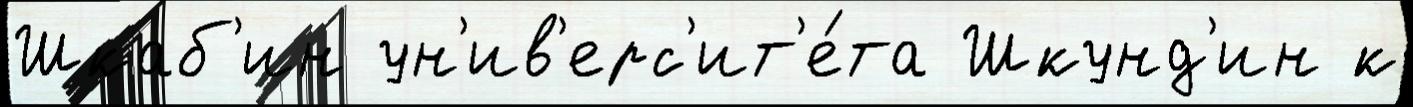
Шкаб'ин ун'ив'ерс'ит'е́та Шкунд'ин к